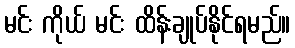
မင်း ကိုယ် မင်း ထိန်းချုပ်နိုင်ရမည်။